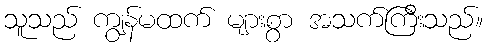
သူသည် ကျွန်မထက် များစွာ အသက်ကြီးသည်။